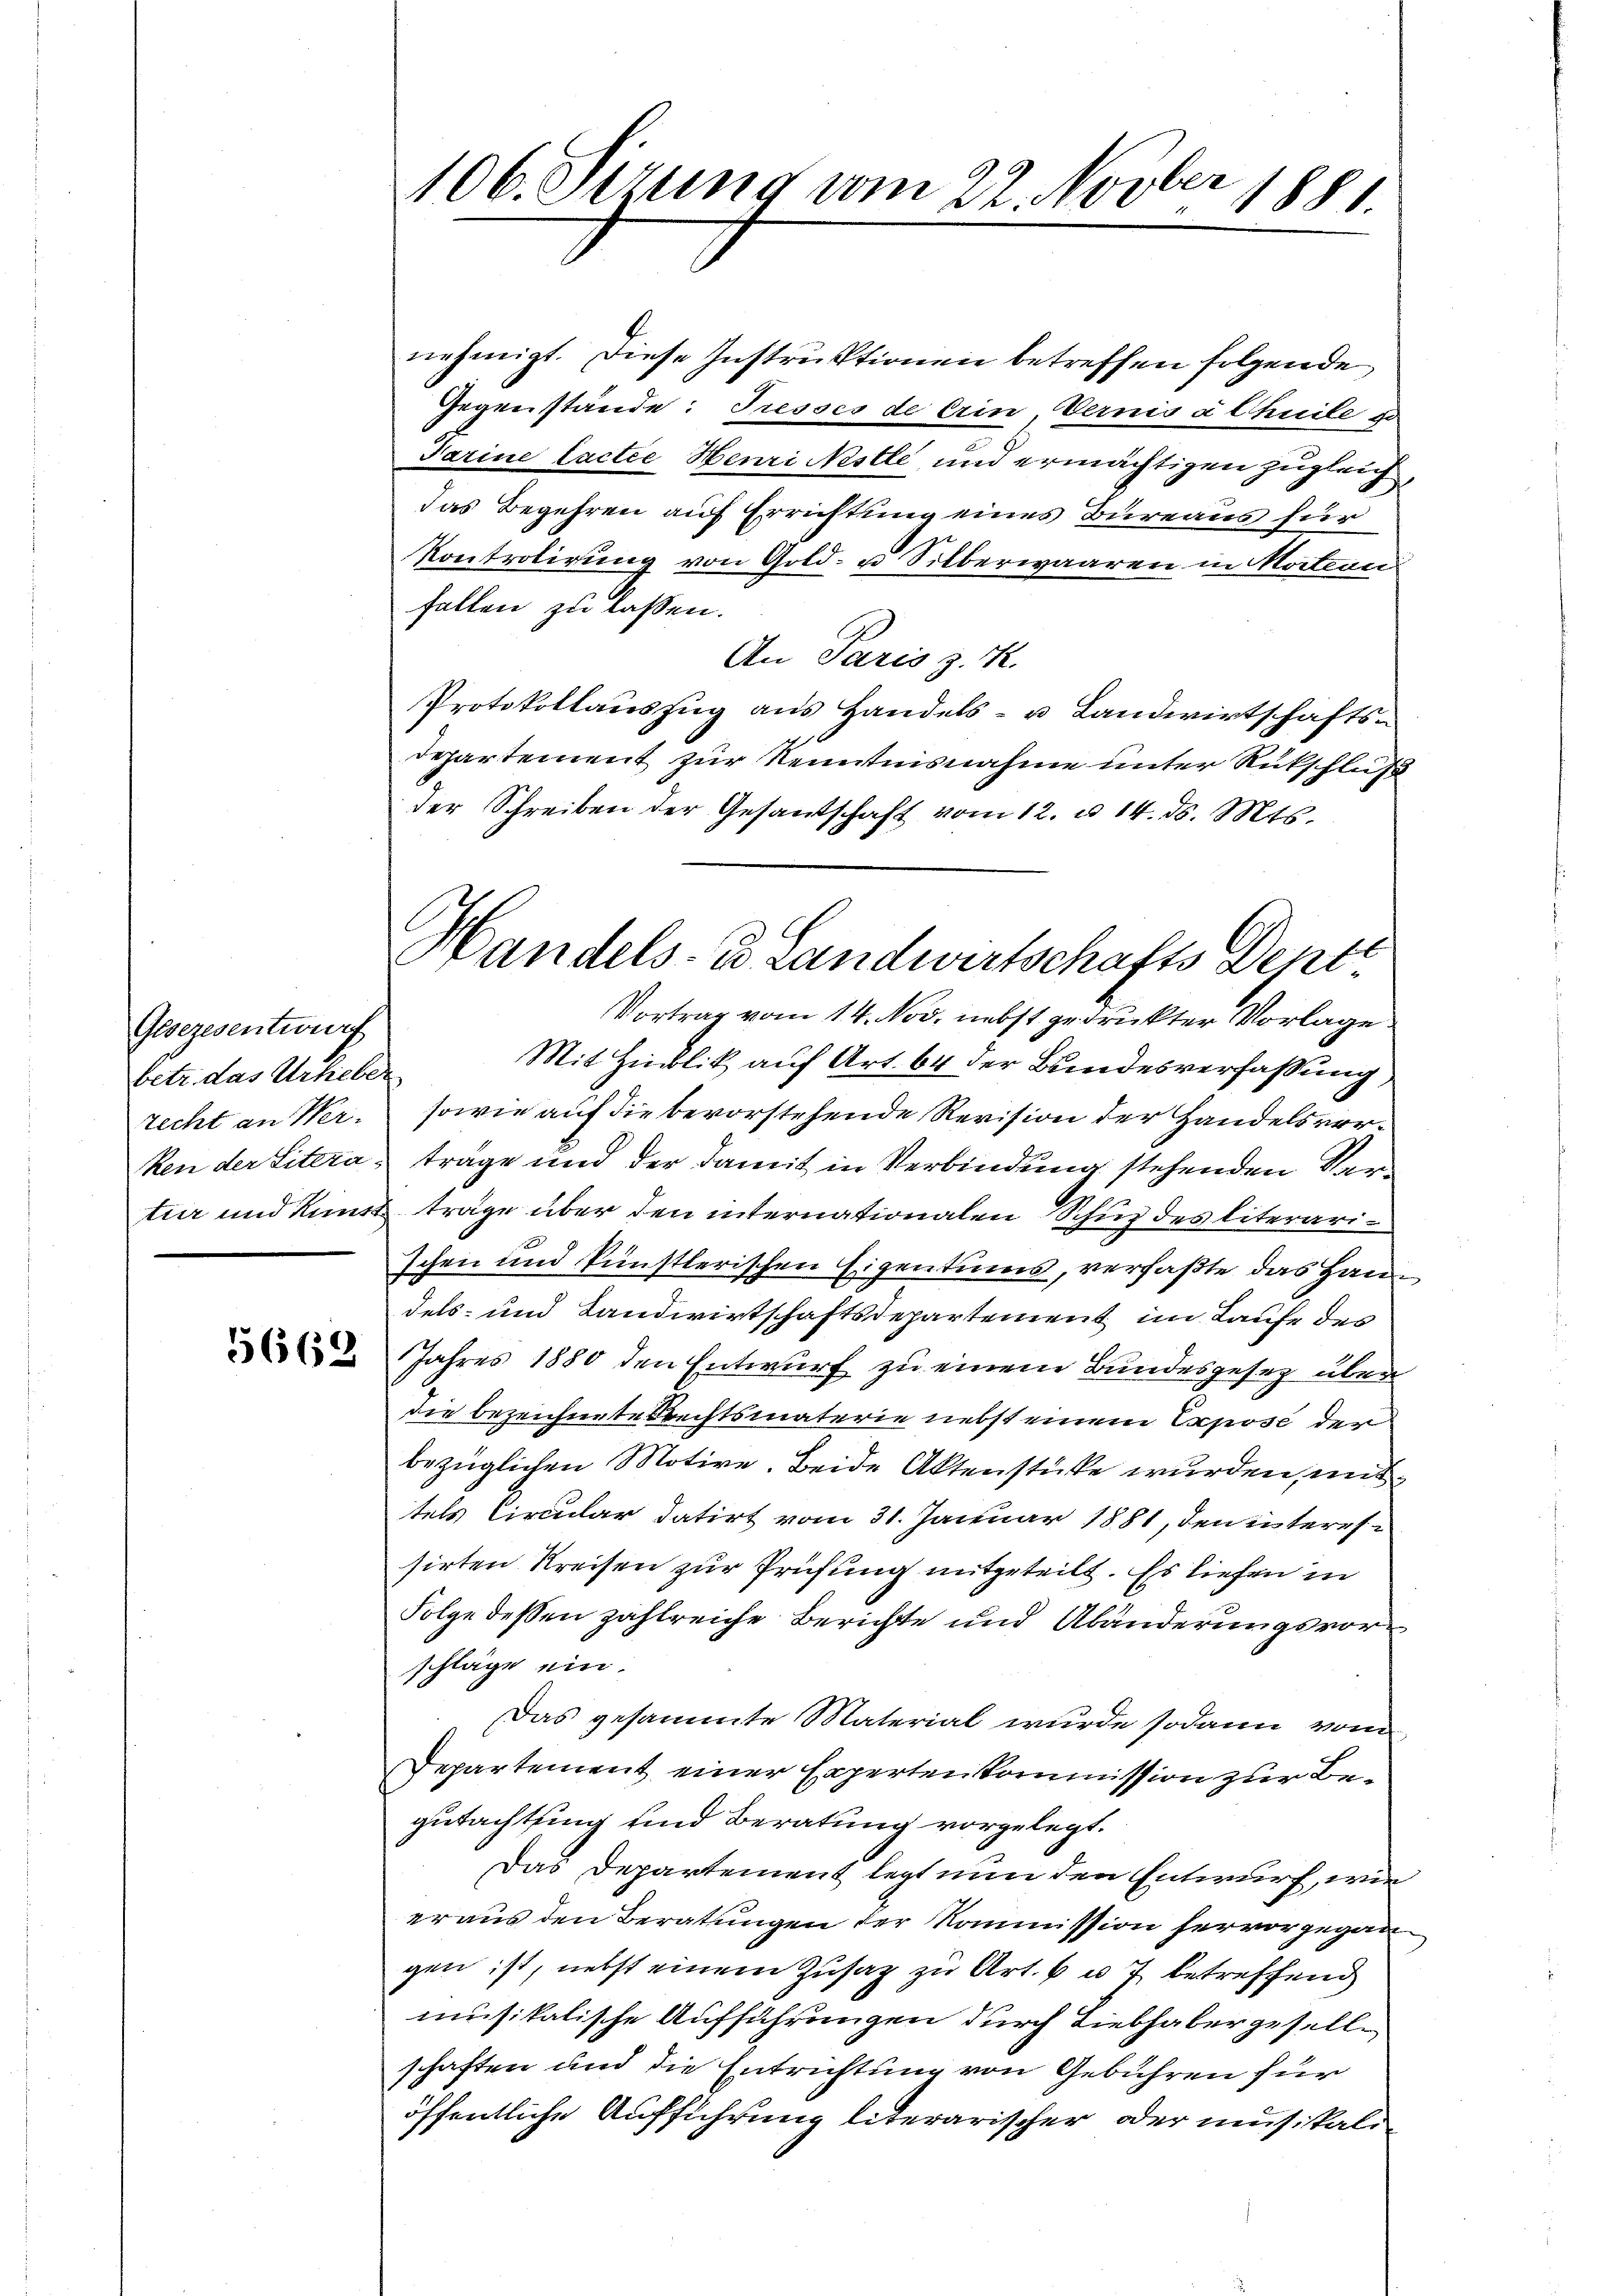
Gesezesentwurf
betr. das Urheber
recht an Wer-

5669

2
106. Sizung vom 22. Novbr. 1881.

nehmigt. Diese Instruktionen betreffen folgende
Gegenstände: Presses de Erin, Vernis äthuile u
Farine lactee Henri Nestle und ermächtigen zugleich,
das Begehren auf Errichtung eines Bureaus für
Kontrolirung von Gold- u Silberwaaren in Moiterni
fallen zu lassen.
An Paris z. R.
Protokollauszug aus Handels- u Landwirtschaftsdepartement zur Kenntnisnahme unter Rutschluß
der Schreiben der Gesandschaft vom 12. u. 14. ds. Mts.
Vortrag vom 14. Nov. nebst gedruckter Vorlage.
Mit Hinblik auf Art. 64 der Bundesverfassung
sowie auf die bevorstehende Revision der Handelsverken der Litera, trage und der damit in Verbindung stehenden Sartur und Kunst träge über den internationalen Schuh des literarischen und künstlerischen Eigentums, verfaßte das Handels- und Landwirtschaftsdepartement im Laufe des
Jahres 1880 den Entwurf zu einem Bundesgesetz über
die bezeichnete Prechtsmaterie nebst einem Expose der
bezüglichen Motive. Beide Aktenstücke wurden, mit
tels Circular datirt vom 31. Januar 1881, den interessirten Kreisen zur Prüfung mitgeteilt. Es liefen in
Folge dessen zahlreiche Berichte und Abänderungsvorschläge ein.
Das gesammte Material wurde sodann vom
Departement einer Experten kommission zur Begutachtung und Beratung vorgelegt.
Das Departement legt nun den Entwurf, wie
eraus den Beratungen der Kommission hervorgegangen ist, nebst einem Zusatz zu Art. 6 u. 7 betreffend
musikalische Aufführungen durch Liebhabergesellschaften und die Entrichtung von Gebühren für
öffentliche Aufführung literarischer oder musikali¬

Handels- u Landwirtschafts Deptt